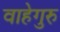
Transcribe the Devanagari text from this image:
वाहेगुरु